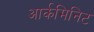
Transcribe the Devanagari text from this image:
आर्कमिनिट